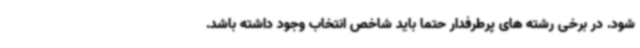
شود. در برخی رشته های پرطرفدار حتما باید شاخص انتخاب وجود داشته باشد.